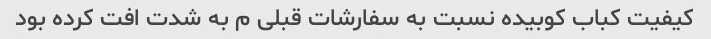
کیفیت کباب کوبیده نسبت به سفارشات قبلی م به شدت افت کرده بود